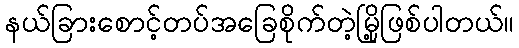
နယ်ခြားစောင့်တပ်အခြေစိုက်တဲ့မြို့ဖြစ်ပါတယ်။